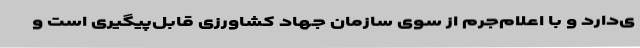
ی‌دارد و با اعلام‌جرم از سوی سازمان جهاد کشاورزی قابل‌پیگیری است و